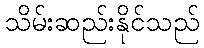
သိမ်းဆည်းနိုင်သည်